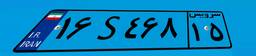
۲۲S۳۲۶۷۵